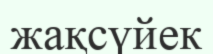
жақсүйек